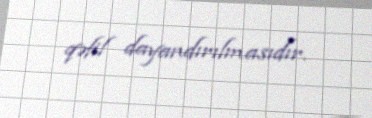
qəfil dayandırılmasıdır.